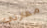
مهارتي